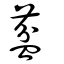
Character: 葐